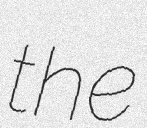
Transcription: the